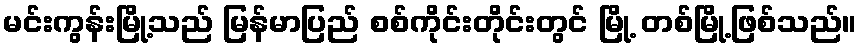
မင်းကွန်းမြို့သည် မြန်မာပြည် စစ်ကိုင်းတိုင်းတွင် မြို့ တစ်မြို့ဖြစ်သည်။